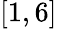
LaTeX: [1,6]